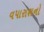
વપારાશનો